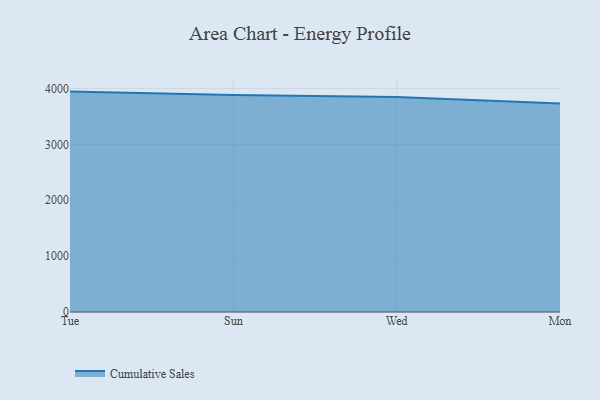
{"axis": {"x": "Day", "y": "Demand Index"}, "legend": ["Cumulative Sales"], "data": [{"x": "Tue", "y": 3945.6, "type": "Cumulative Sales"}, {"x": "Sun", "y": 3884.2, "type": "Cumulative Sales"}, {"x": "Wed", "y": 3848.1, "type": "Cumulative Sales"}, {"x": "Mon", "y": 3734.0, "type": "Cumulative Sales"}]}